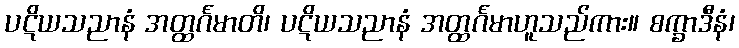
ပဋိယသညာနံ အတ္ထင်္ဂမာတိ၊ ပဋိယသညာနံ အတ္ထင်္ဂမာဟူသည်ကား။ စက္ခာဒီနံ၊